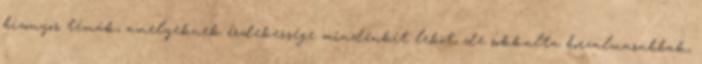
bizonyos témák, amelyeknek érdekessége mindenkit leköt, de sokkalta borzalmasabbak,